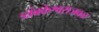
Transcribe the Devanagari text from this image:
त्र्यंबकेश्वराजवळ